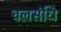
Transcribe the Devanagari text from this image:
चलसंधि